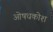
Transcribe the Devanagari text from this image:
ओषधकोश